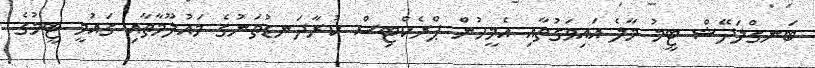
ބަނގްލަދޭޝް ޓީމު މާލެ އައިވަގުތާއި އެމީހުން ޕްރެކްޓިސް ކުރާދަނޑުތަނުގެ މައުލޫމާތާއި ގައުމީ ޓީމުގެ